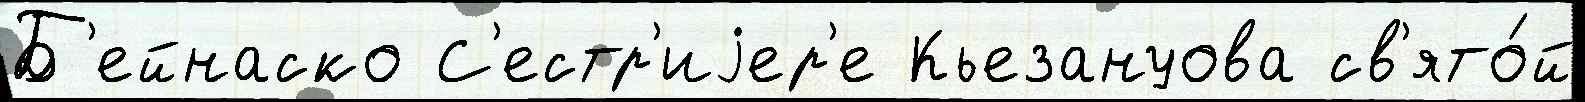
Б'ейнаско С'естр'иjер'е Кьезануова св'ято́й